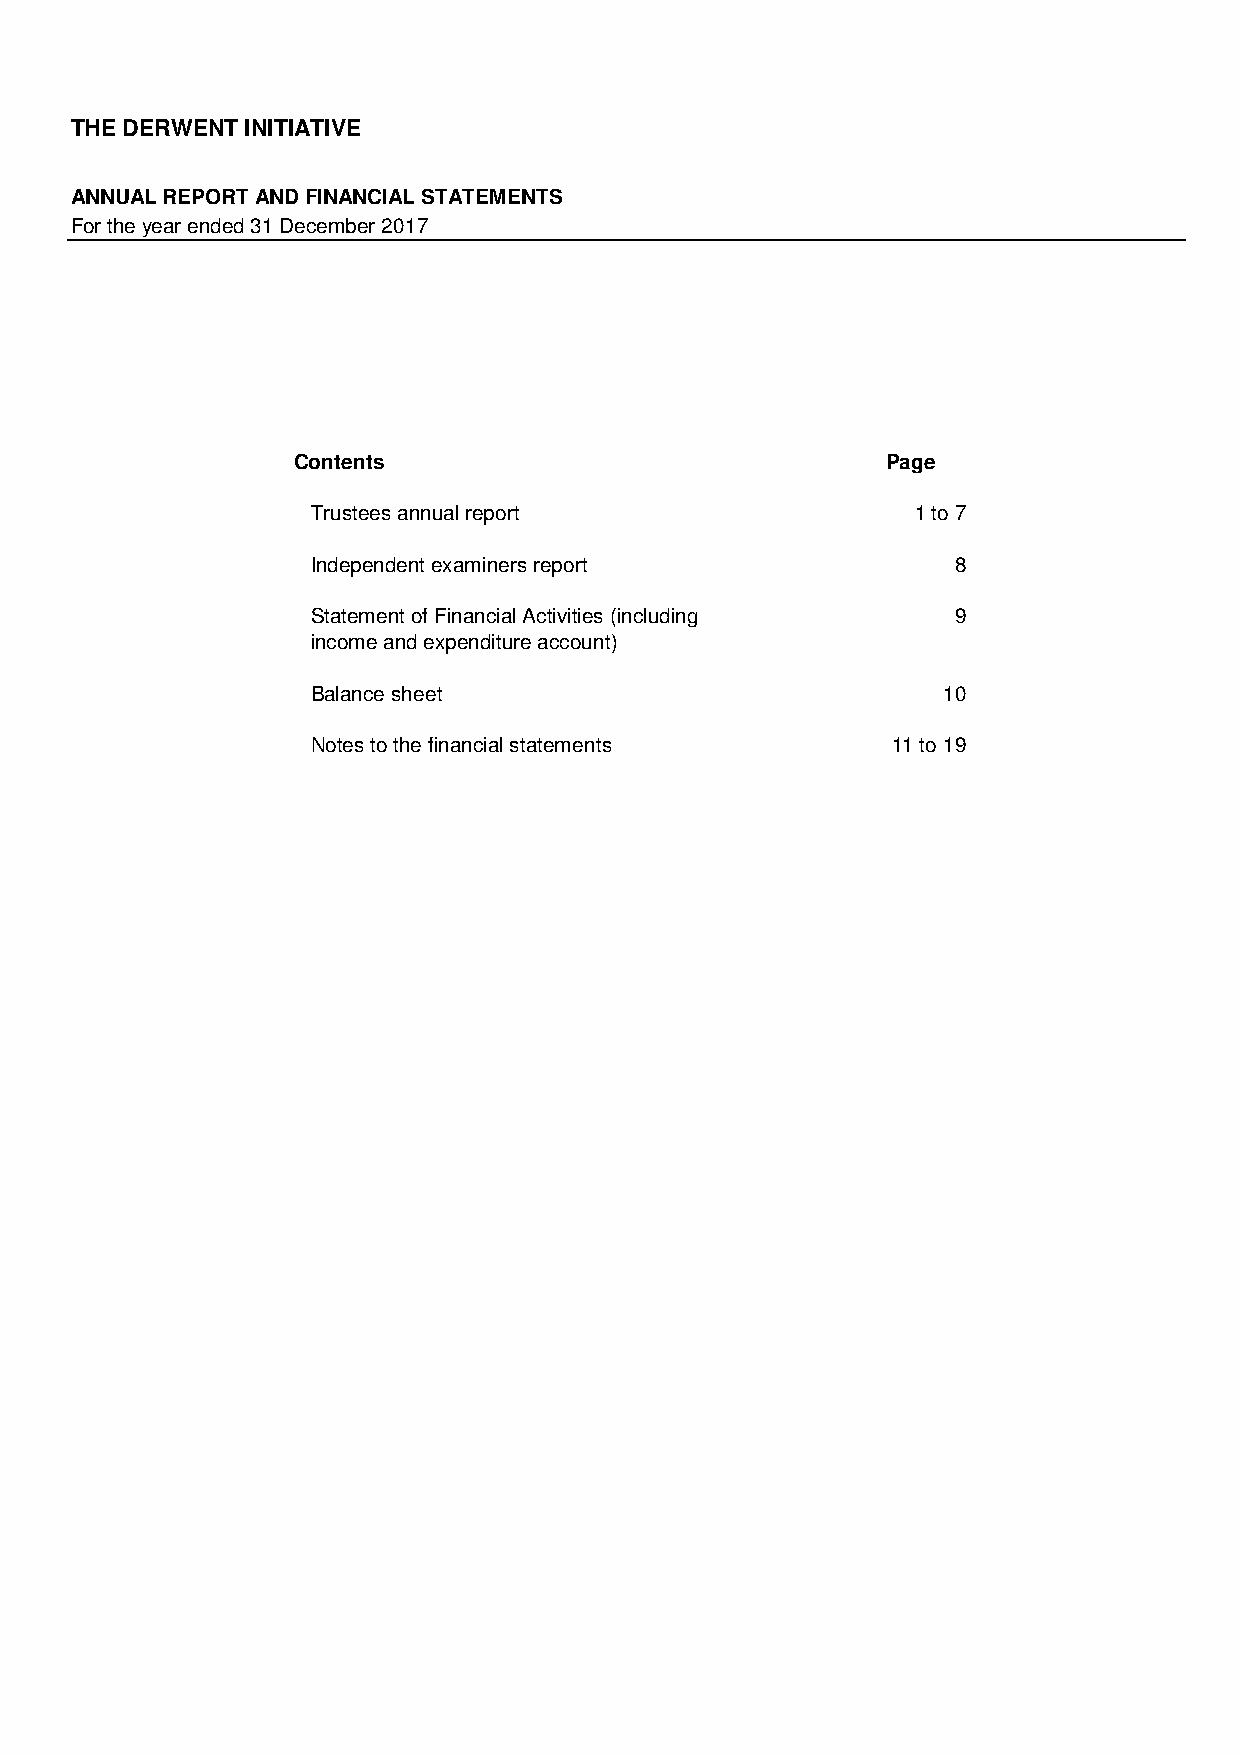
THE DERWENT INITIATIVE
 ANNUAL REPORT AND FINANCIAL STATEMENTS
 For the year ended 31 December 2017
 Contents                                Page
 Trustees annual report                  1 to 7
 Independent examiners report              8
 Statement of Financial Activities (including 9
 income and expenditure account)
 Balance sheet                            10
 Notes to the financial statements     11 to 19